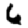
Digit: 6